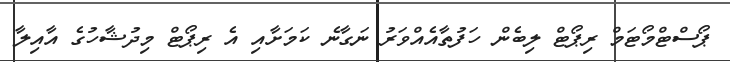
ޕޯސްޓްމޯޓަމް ރިޕޯޓް ލިބެން ހަފުތާއެއްވަރު ނަގާނެ ކަމަށާއި އެ ރިޕޯޓް މިދުޝާހުގެ އާއިލާ